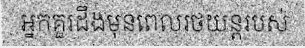
អ្នកគួរដឹងមុនពេលរថយន្តរបស់